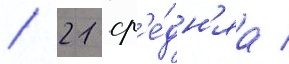
/ 21 ср'е́дн'яа /